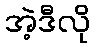
အဲ့ဒီလို